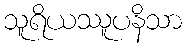
သူရိယဿူပနိသာ